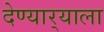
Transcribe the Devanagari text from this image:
देण्यार्‍याला